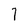
Character: 7